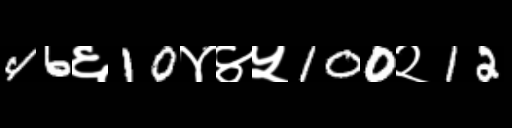
Text: 46६10४४५100२12